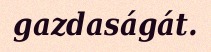
gazdaságát.